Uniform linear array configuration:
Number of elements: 24
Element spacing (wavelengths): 0.5
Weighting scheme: uniform
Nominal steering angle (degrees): -15
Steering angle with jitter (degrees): -15.478
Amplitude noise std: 0.05
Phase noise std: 0.05

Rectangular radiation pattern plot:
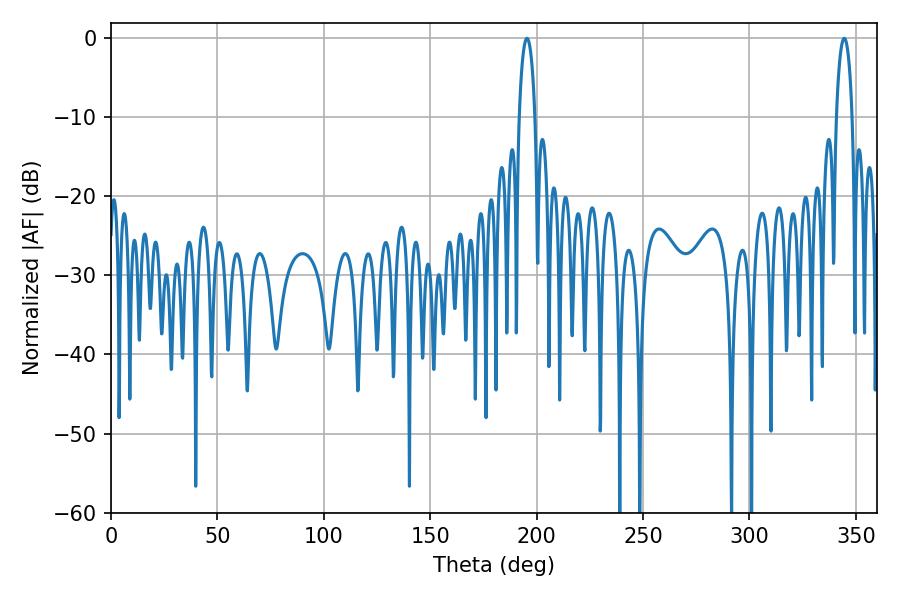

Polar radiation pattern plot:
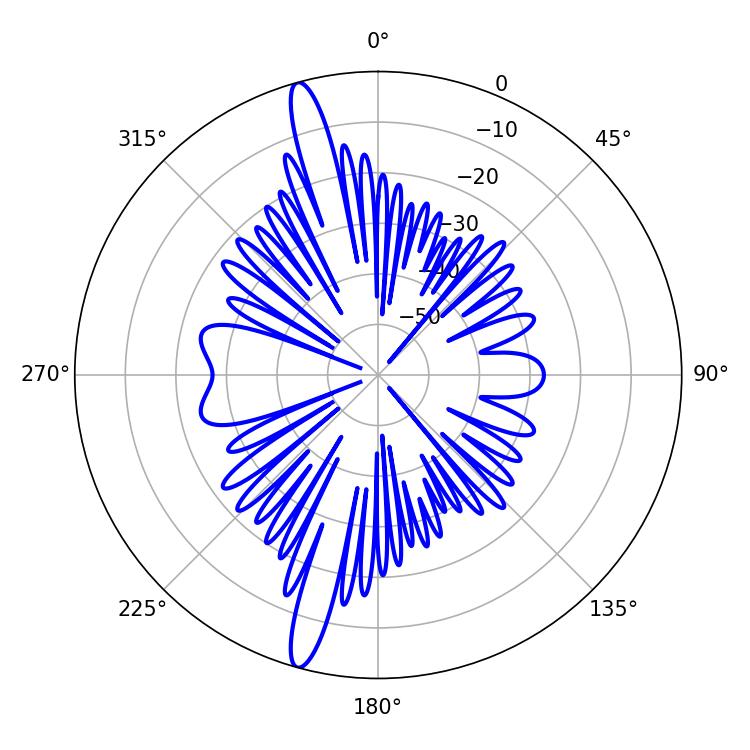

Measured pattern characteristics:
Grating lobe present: FALSE
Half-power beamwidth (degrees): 4.32
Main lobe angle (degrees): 195.48